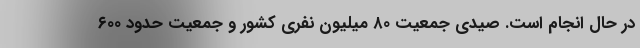
در حال انجام است. صیدی جمعیت ٨٠ میلیون نفری کشور و جمعیت حدود ٦٠٠